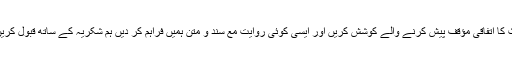
اہلحدیث کا اتفاقی مؤقف پیش کرنے والے کوشش کریں اور ایسی کوئی روایت مع سند و متن ہمیں فراہم کر دیں ہم شکریہ کے ساتھ قبول کریں گے۔